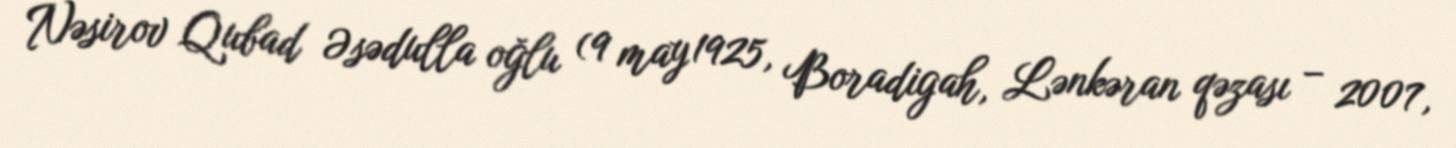
Nəsirov Qubad Əsədulla oğlu (9 may 1925, Boradigah, Lənkəran qəzası – 2007,